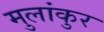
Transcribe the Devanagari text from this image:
मुलांकुर